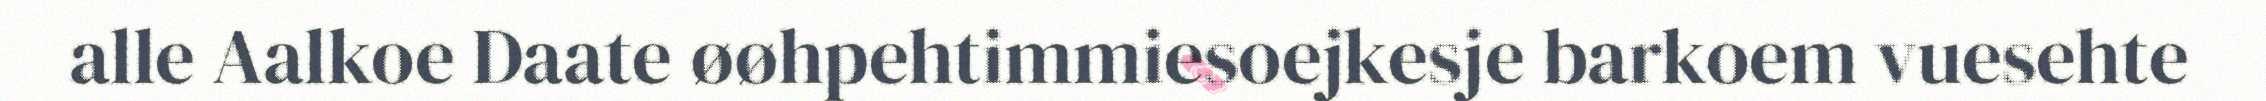
alle Aalkoe Daate øøhpehtimmiesoejkesje barkoem vuesehte